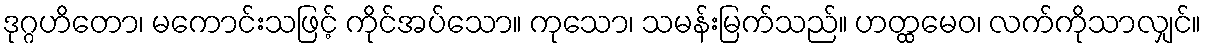
ဒုဂ္ဂဟိတော၊ မကောင်းသဖြင့် ကိုင်အပ်သော။ ကုသော၊ သမန်းမြက်သည်။ ဟတ္ထမေဝ၊ လက်ကိုသာလျှင်။